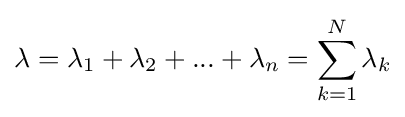
\lambda =\lambda _{1}+\lambda _{2}+...+\lambda _{n}=\sum _{k=1}^{N}\lambda _{k}